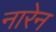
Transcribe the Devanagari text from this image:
नारेन